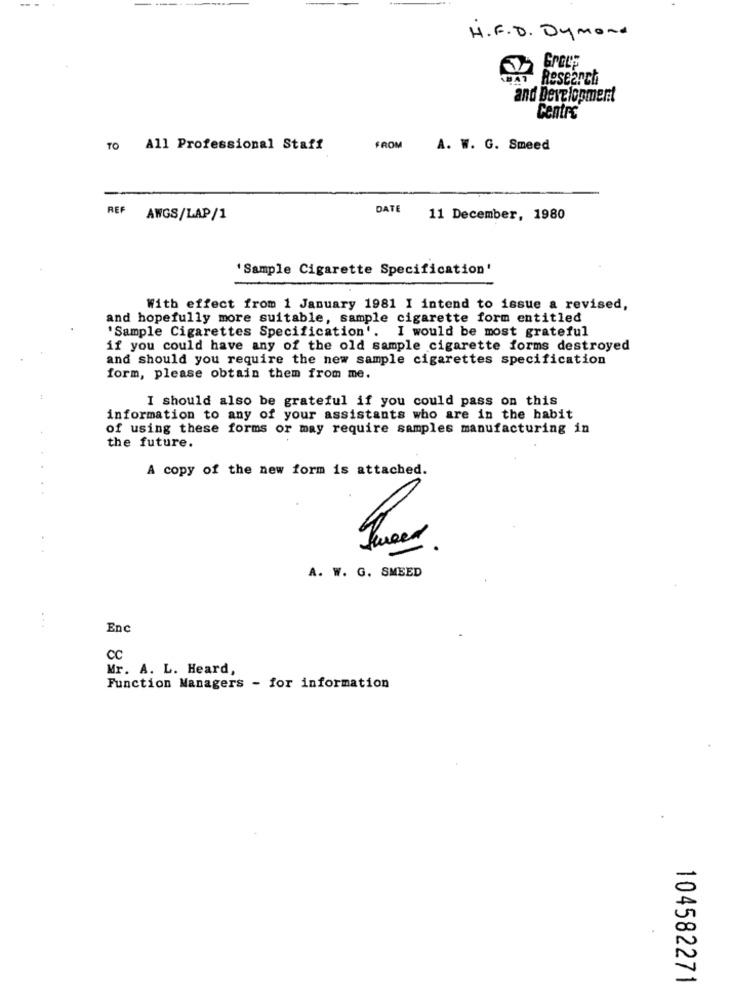
H.F. D. Dymond
Research
and Development
Centro
TO All Professional Staff
FROM
A. W. G. Smeed
DATE
REF AWGS/LAP/1
11 December, 1980
'Sample Cigarette Specification'
With effect from 1 January 1981 I intend to issue a revised,
and hopefully more suitable, sample cigarette form entitled
'Sample Cigarettes Specification'. I would be most grateful
if you could have any of the old sample cigarette forms destroyed
and should you require the new sample cigarettes specification
form, please obtain them from me.
I should also be grateful if you could pass on this
information to any of your assistants who are in the habit
of using these forms or may require samples manufacturing in
the future.
A copy of the new form is attached.
A. W. G. SMEED
Enc
CC
Mr. A. L. Heard,
Function Managers - for information
104582271